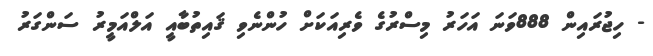
- ހިޖުރައިން 888ވަނަ އަހަރު މިސްރުގެ ވެރިއަކަށް ހުންނެވި ޤައިތުބާއީ އަލްއަމީރު ސަންގަރު